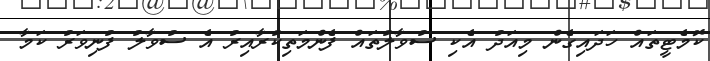
ކޮމެޓީތައް ހަދައިގެން މިއަދު އެކި ސުވާލުތައް ފެންމަތިކުރާއިރު އެ ސުވާލު ފުނިވަރު ކަމާ